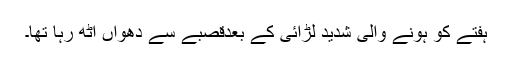
ہفتے کو ہونے والی شدید لڑائی کے بعدقصبے سے دھواں اُٹھ رہا تھا۔